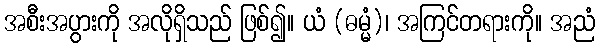
အစီးအပွားကို အလိုရှိသည် ဖြစ်၍။ ယံ (ဓမ္မံ)၊ အကြင်တရားကို။ အညံ